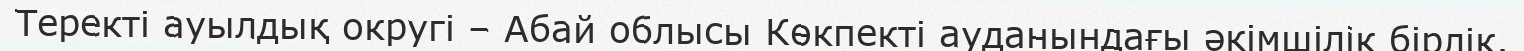
Теректі ауылдық округі – Абай облысы Көкпекті ауданындағы әкімшілік бірлік.